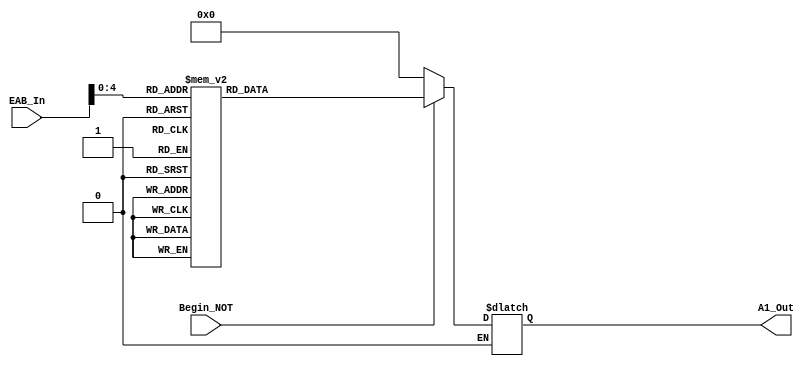
`timescale 1ns / 1ps
//////////////////////////////////////////////////////////////////////////////////
//
// Design Name: 	 A1 ROM
// Module Name:    MB_A1 
// Project Name: 	 Vic Vector
// Target Devices: 
// Tool versions: 
// Description: 	 Emulates the A1 ROM in the Math Box of Atari Tempest.
//
// Dependencies: 	 EAB0-4
//
// Revision: 
// Revision 0.01 - File Created
// Additional Comments: Instead of using ROM space, we used programming space by using logic.
//
//////////////////////////////////////////////////////////////////////////////////
module MB_A1(EAB_In, Begin_NOT, A1_Out);
    input [7:0] EAB_In;
    input Begin_NOT;
    output reg [7:0] A1_Out;
	 wire [4:0] EAB_working;
	 
	 //reg [4:0] EAB_working;
	 assign EAB_working = EAB_In[4:0];
	 
	 always@(Begin_NOT or EAB_working)
	 begin
	 if(Begin_NOT==1)begin
			
				case(EAB_working)
				
					5'b00000: A1_Out = 	8'h20;
					5'b00001: A1_Out = 	8'h21;
					5'b00010: A1_Out = 	8'h22;
					5'b00011: A1_Out = 	8'h23;
					5'b00100: A1_Out = 	8'h24;
					5'b00101: A1_Out = 	8'h25;
					5'b00110: A1_Out = 	8'h26;
					5'b00111: A1_Out = 	8'h27;
					5'b01000: A1_Out = 	8'h28;
					5'b01001: A1_Out = 	8'h29;
					5'b01010: A1_Out = 	8'h2a;
					5'b01011: A1_Out = 	8'h41;
					5'b01100: A1_Out = 	8'h2c;
					5'b01101: A1_Out = 	8'h34;
					5'b01110: A1_Out = 	8'h35;
					5'b01111: A1_Out = 	8'h36;
					5'b10000: A1_Out = 	8'h37;
					5'b10001: A1_Out = 	8'h42;
					5'b10010: A1_Out = 	8'h7e;
					5'b10011: A1_Out = 	8'hb8;
					5'b10100: A1_Out = 	8'hbd;
					5'b10101: A1_Out = 	8'h2e;
					5'b10110: A1_Out = 	8'h2f;
					5'b10111: A1_Out = 	8'h17;
					5'b11000: A1_Out = 	8'h19;
					5'b11001: A1_Out = 	8'h18;
					5'b11010: A1_Out = 	8'h30;
					5'b11011: A1_Out = 	8'h31;
					5'b11100: A1_Out = 	8'hd9;
					5'b11101: A1_Out = 	8'heb;
					5'b11110: A1_Out = 	8'hf4;
					5'b11111: A1_Out = 	8'h00;
					
			endcase
			end
			else if(~Begin_NOT)begin
			A1_Out=8'h00;
			end
	
	 end

endmodule